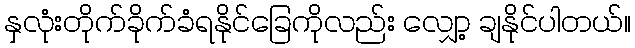
နှလုံးတိုက်ခိုက်ခံရနိုင်ခြေကိုလည်း လျှော့ ချနိုင်ပါတယ်။